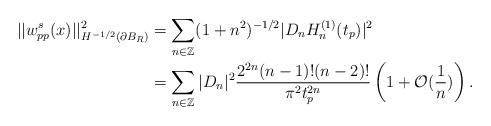
LaTeX: \begin{align*} ||w^s_{pp}(x)||^{2}_{H^{-1/2}(\partial B_R)} &= \sum_{n \in \mathbb{Z}} (1+n^2)^{-1/2} |D_n H^{(1)}_n(t_p)|^2\\ &=\sum_{n \in \mathbb{Z}} |D_{n}|^{2} \frac{2^{2n} (n-1)! (n-2)!}{\pi ^2 t_p^{2n}}\left(1+\mathcal{O}(\frac{1}{n})\right).\end{align*}